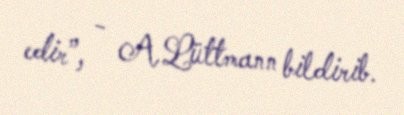
edir”, - A.Lüttmann bildirib.